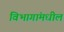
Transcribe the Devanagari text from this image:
विभागांमधील